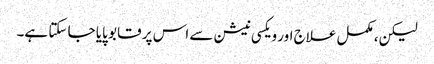
لیکن، مکمل علاج اور ویکسی نیشن سے اس پر قابو پایا جا سکتا ہے۔